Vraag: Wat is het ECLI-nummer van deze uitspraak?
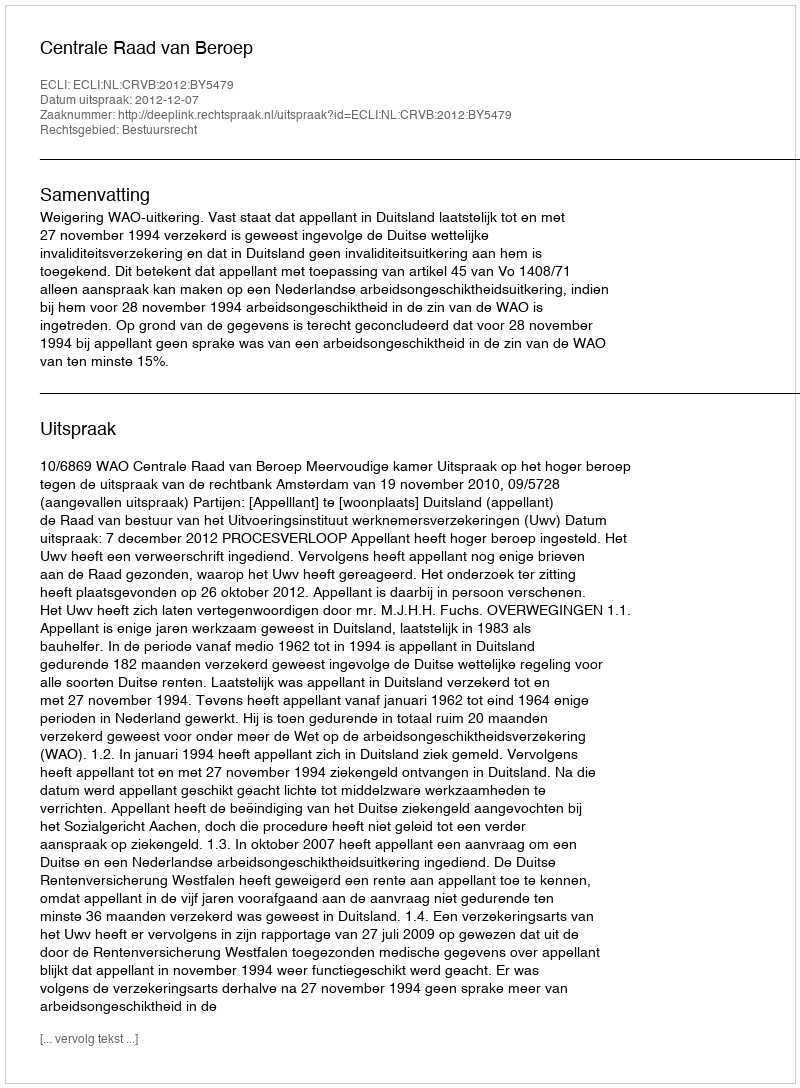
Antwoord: ECLI:NL:CRVB:2012:BY5479